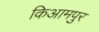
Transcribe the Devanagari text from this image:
किआमपुर